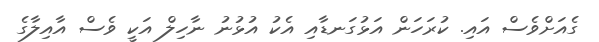
ގެއަށްވެސް އައި. ކުރަހަން އަޅުގަނޑާއި އެކު އުޅުނު ނާހިލް އަކީ ވެސް އާއިލާގެ